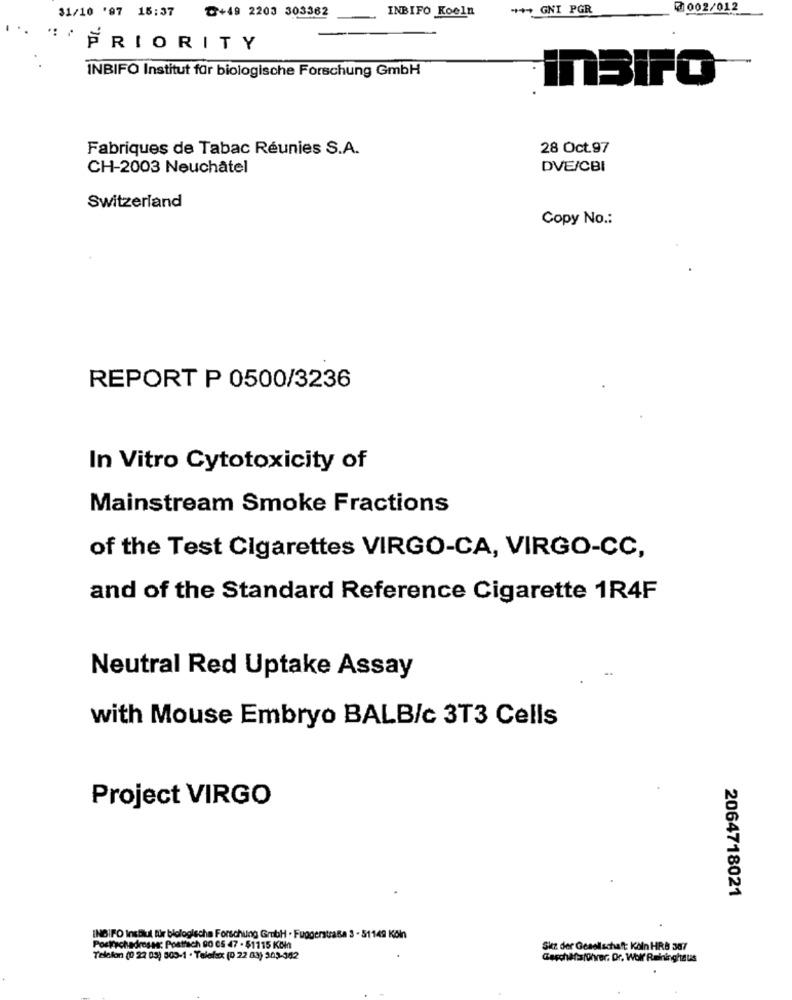
*+* GNI PGR
₹ 002/012
31/10 '97 15:37
₾+49 2203 303362
INBIFO Koeln
"PRIORITY
INBIFO Institut für biologische Forschung GmbH
InBIFO
Fabriques de Tabac Réunies S.A.
28 Oct.97
CH-2003 Neuchâtel
DVE/CBI
Switzerland
Copy No .:
REPORT P 0500/3236
In Vitro Cytotoxicity of
Mainstream Smoke Fractions
of the Test Cigarettes VIRGO-CA, VIRGO-CC,
and of the Standard Reference Cigarette 1R4F
Neutral Red Uptake Assay
with Mouse Embryo BALB/c 3T3 Cells
Project VIRGO
2064718021
INBIFO Instilul für biologische Forschung GmbH - Fuggerstraße 3 - 51149 Köln
Postrechadrose: Postfach 90 CS 47 . $1115 KčIn
Skz der Gesellschaft Köln HRB 387
Telefon (0 22 05) 505-1 . Telefax (0 22 03) 309-982
Geschäftsführer. Dr. Wolf' Raininghaus